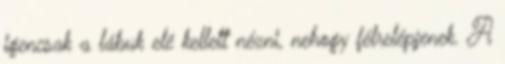
igencsak a lábuk elé kellett nézni, nehogy félrelépjenek. A